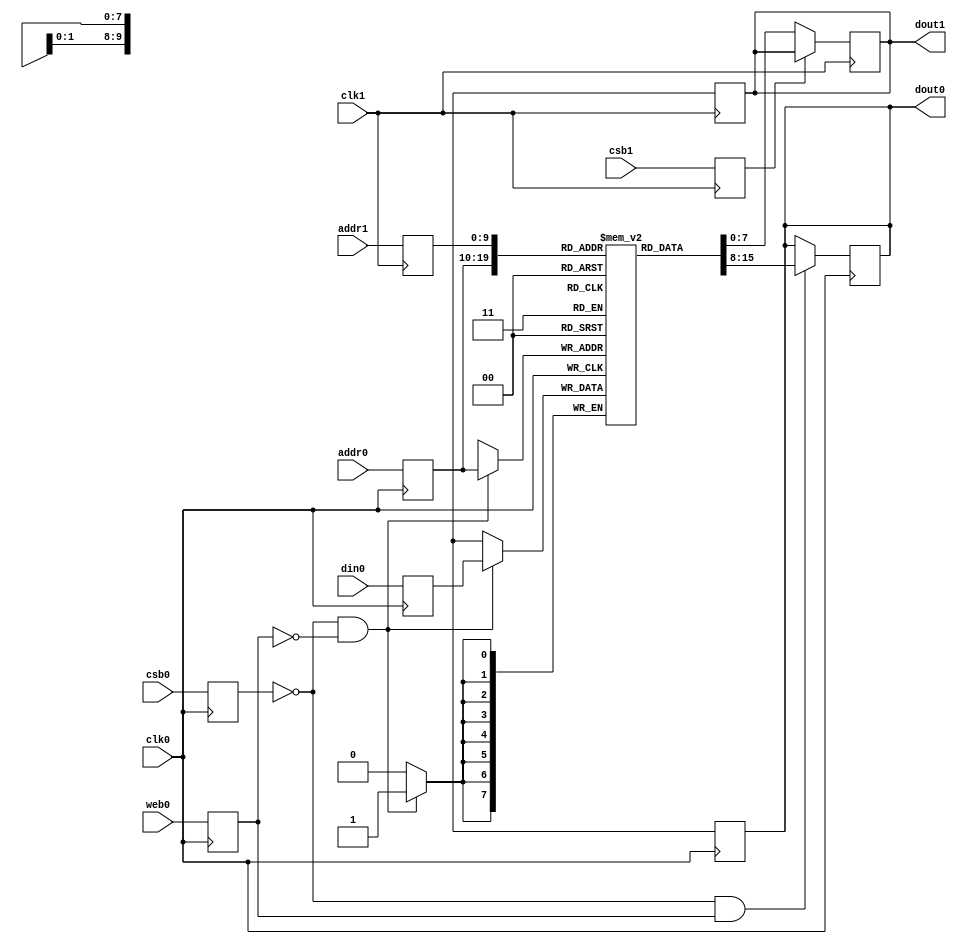
module sky130_sram_1kbytes_1rw1r_8x1024_8(
`ifdef USE_POWER_PINS
    vccd1,
    vssd1,
`endif
// Port 0: RW
    clk0,csb0,web0,addr0,din0,dout0,
// Port 1: R
    clk1,csb1,addr1,dout1
  );

  parameter DATA_WIDTH = 8 ;
  parameter ADDR_WIDTH = 10 ;
  parameter RAM_DEPTH = 1 << ADDR_WIDTH;
  // FIXME: This delay is arbitrary.
  parameter DELAY = 3 ;
  parameter VERBOSE = 1 ; //Set to 0 to only display warnings
  parameter T_HOLD = 1 ; //Delay to hold dout value after posedge. Value is arbitrary

`ifdef USE_POWER_PINS
    inout vccd1;
    inout vssd1;
`endif
  input  clk0; // clock
  input   csb0; // active low chip select
  input  web0; // active low write control
  input [ADDR_WIDTH-1:0]  addr0;
  input [DATA_WIDTH-1:0]  din0;
  output [DATA_WIDTH-1:0] dout0;
  input  clk1; // clock
  input   csb1; // active low chip select
  input [ADDR_WIDTH-1:0]  addr1;
  output [DATA_WIDTH-1:0] dout1;

  reg [DATA_WIDTH-1:0]    mem [0:RAM_DEPTH-1];

  reg  csb0_reg;
  reg  web0_reg;
  reg [ADDR_WIDTH-1:0]  addr0_reg;
  reg [DATA_WIDTH-1:0]  din0_reg;
  reg [DATA_WIDTH-1:0]  dout0;

  // All inputs are registers
  always @(posedge clk0)
  begin
    csb0_reg = csb0;
    web0_reg = web0;
    addr0_reg = addr0;
    din0_reg = din0;
    #(T_HOLD) dout0 = 8'bx;
    if ( !csb0_reg && web0_reg && VERBOSE )
      $display($time," Reading %m addr0=%b dout0=%b",addr0_reg,mem[addr0_reg]);
    if ( !csb0_reg && !web0_reg && VERBOSE )
      $display($time," Writing %m addr0=%b din0=%b",addr0_reg,din0_reg);
  end

  reg  csb1_reg;
  reg [ADDR_WIDTH-1:0]  addr1_reg;
  reg [DATA_WIDTH-1:0]  dout1;

  // All inputs are registers
  always @(posedge clk1)
  begin
    csb1_reg = csb1;
    addr1_reg = addr1;
    if (!csb0 && !web0 && !csb1 && (addr0 == addr1))
         $display($time," WARNING: Writing and reading addr0=%b and addr1=%b simultaneously!",addr0,addr1);
    #(T_HOLD) dout1 = 8'bx;
    if ( !csb1_reg && VERBOSE ) 
      $display($time," Reading %m addr1=%b dout1=%b",addr1_reg,mem[addr1_reg]);
  end


  // Memory Write Block Port 0
  // Write Operation : When web0 = 0, csb0 = 0
  always @ (negedge clk0)
  begin : MEM_WRITE0
    if ( !csb0_reg && !web0_reg ) begin
        mem[addr0_reg][7:0] = din0_reg[7:0];
    end
  end

  // Memory Read Block Port 0
  // Read Operation : When web0 = 1, csb0 = 0
  always @ (negedge clk0)
  begin : MEM_READ0
    if (!csb0_reg && web0_reg)
       dout0 <= #(DELAY) mem[addr0_reg];
  end

  // Memory Read Block Port 1
  // Read Operation : When web1 = 1, csb1 = 0
  always @ (negedge clk1)
  begin : MEM_READ1
    if (!csb1_reg)
       dout1 <= #(DELAY) mem[addr1_reg];
  end

endmodule